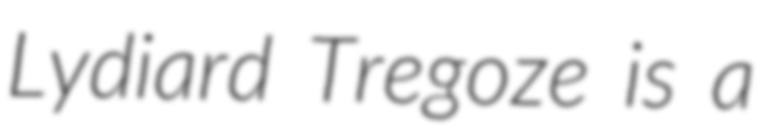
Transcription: Lydiard Tregoze is a